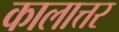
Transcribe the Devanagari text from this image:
कालात्तर